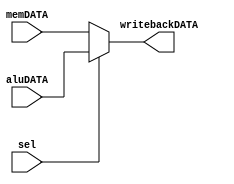
`timescale 1ns / 1ps

module WBmux(memDATA,aluDATA,sel,writebackDATA);
input [7:0]memDATA,aluDATA;
input sel;
output reg [7:0]writebackDATA;

always@(*)
begin
	if(sel) writebackDATA=aluDATA;
	else writebackDATA=memDATA;
end
endmodule